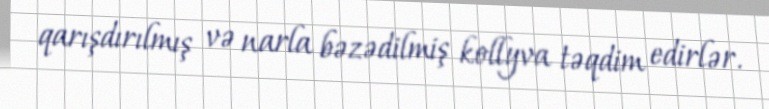
qarışdırılmış və narla bəzədilmiş kollyva təqdim edirlər.